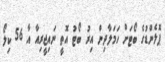
ޕޮލެންޑުގެ ބޯޓަށް ހަމަލާދިން އިރު ބޯޓު އޮތީ ނައިޖީރިއާ އާ 56 ކިލޯ